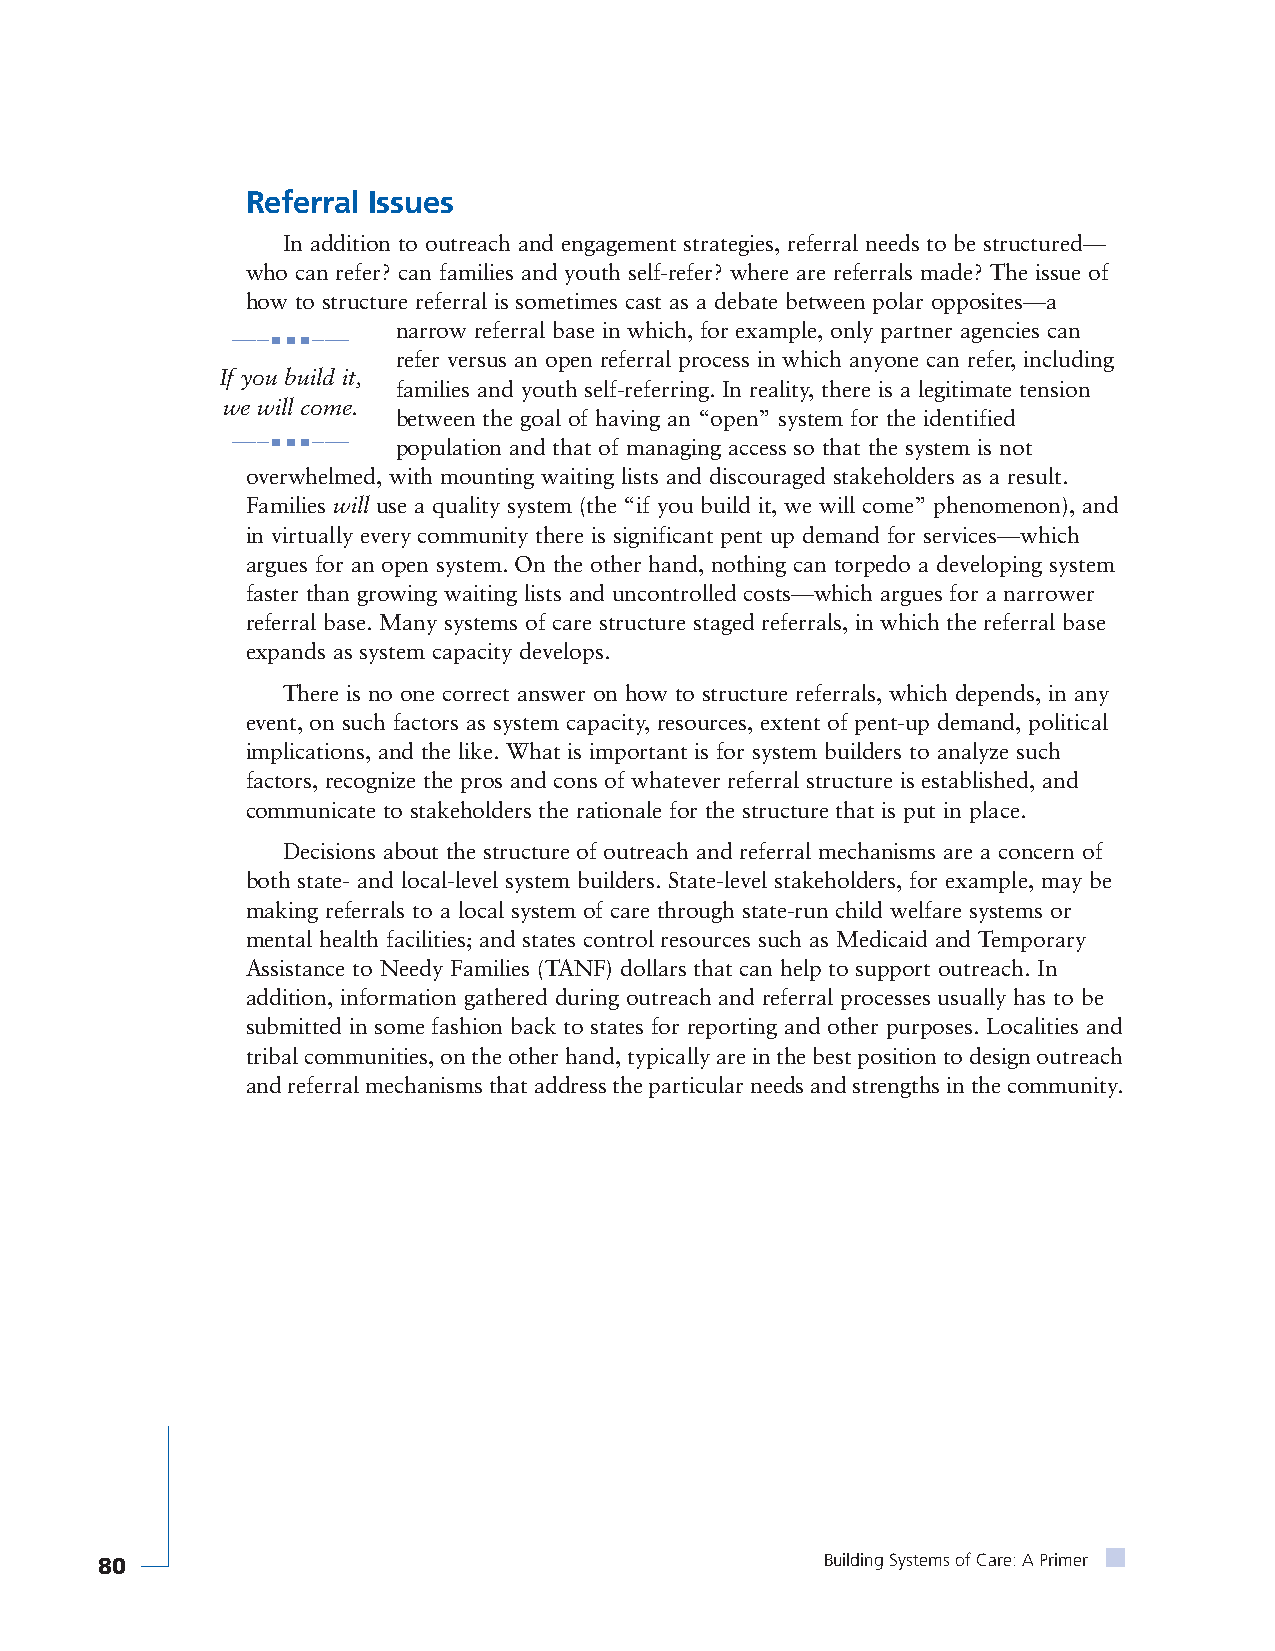
Referral Issues
 In addition to outreach and engagement strategies, referral needs to be structured—
 who can refer? can families and youth self-refer? where are referrals made? The issue of
 how to structure referral is sometimes cast as a debate between polar opposites—a
 narrow referral base in which, for example, only partner agencies can
 ———■ ■ ■———
 refer versus an open referral process in which anyone can refer, including
 If you build it,
 families and youth self-referring. In reality, there is a legitimate tension
 we will come.
 between the goal of having an “open” system for the identified
 ———■ ■ ■——— population and that of managing access so that the system is not
 overwhelmed, with mounting waiting lists and discouraged stakeholders as a result.
 Families will use a quality system (the “if you build it, we will come” phenomenon), and
 in virtually every community there is significant pent up demand for services—which
 argues for an open system. On the other hand, nothing can torpedo a developing system
 faster than growing waiting lists and uncontrolled costs—which argues for a narrower
 referral base. Many systems of care structure staged referrals, in which the referral base
 expands as system capacity develops.
 There is no one correct answer on how to structure referrals, which depends, in any
 event, on such factors as system capacity, resources, extent of pent-up demand, political
 implications, and the like. What is important is for system builders to analyze such
 factors, recognize the pros and cons of whatever referral structure is established, and
 communicate to stakeholders the rationale for the structure that is put in place.
 Decisions about the structure of outreach and referral mechanisms are a concern of
 both state- and local-level system builders. State-level stakeholders, for example, may be
 making referrals to a local system of care through state-run child welfare systems or
 mental health facilities; and states control resources such as Medicaid and Temporary
 Assistance to Needy Families (TANF) dollars that can help to support outreach. In
 addition, information gathered during outreach and referral processes usually has to be
 submitted in some fashion back to states for reporting and other purposes. Localities and
 tribal communities, on the other hand, typically are in the best position to design outreach
 and referral mechanisms that address the particular needs and strengths in the community.
 80                                               Building Systems of Care: A Primer